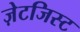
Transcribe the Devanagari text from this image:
ज़ेटजिस्ट